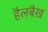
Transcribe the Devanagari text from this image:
हैलबैख़